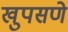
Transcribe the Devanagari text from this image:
खुपसणे